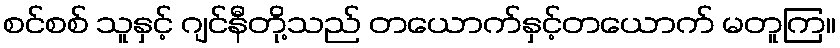
စင်စစ် သူနှင့် ဂျင်နီတို့သည် တယောက်နှင့်တယောက် မတူကြ။